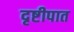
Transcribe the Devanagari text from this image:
दृष्टीपात